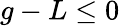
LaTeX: g-L\leq 0